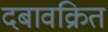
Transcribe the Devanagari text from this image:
दबावक्रित